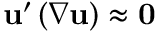
\mathbf { u } ^ { \prime } \left( \nabla \mathbf { u } \right) \approx \mathbf { 0 }